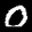
Label: 0